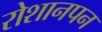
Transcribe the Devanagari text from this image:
रोशानपन